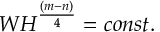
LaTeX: W H ^ { \frac { ( m - n ) } { 4 } } = c o n s t .